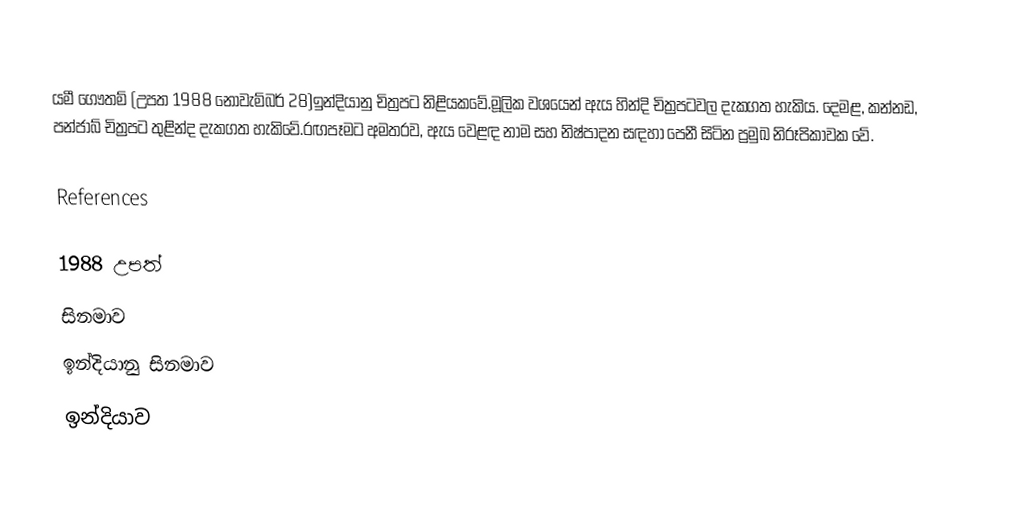
යමී ගෞතම්  (උපත 1988 නොවැම්බර් 28)ඉන්දියානු චිත්‍රපට නිළියකවේ.මූලික වශයෙන් ඇය හින්දි චිත්‍රපටවල දැකගත හැකිය. දෙමළ, කන්නඩ, පන්ජාබ් චිත්‍රපට තුළින්ද දැකගත හැකිවේ.රඟපෑමට අමතරව, ඇය වෙළඳ නාම සහ නිෂ්පාදන සඳහා පෙනී සිටින ප්‍රමුඛ නිරූපිකාවක වේ.

References

1988 උපත්
සිනමාව
ඉන්දියානු සිනමාව
ඉන්දියාව